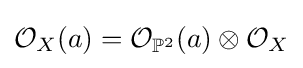
{\mathcal {O}}_{X}(a)={\mathcal {O}}_{\mathbb {P} ^{2}}(a)\otimes {\mathcal {O}}_{X}